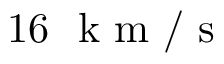
1 6 ~ \mathrm { ~ k ~ m ~ / ~ s ~ }